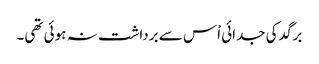
برگد کی جدائی اْس سے برداشت نہ ہوئی تھی۔